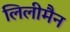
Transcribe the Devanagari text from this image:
लिलीमैन